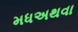
મધઅથવા